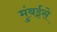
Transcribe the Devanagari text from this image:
मुंबईसे